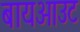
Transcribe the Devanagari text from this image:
बायआउट